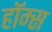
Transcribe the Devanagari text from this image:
हॉम्स